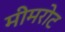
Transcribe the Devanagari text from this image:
मीमरोट